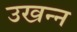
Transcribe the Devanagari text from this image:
उखन्न